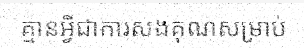
គ្មានអ្វីជាការសងគុណសម្រាប់